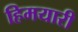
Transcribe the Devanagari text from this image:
हिमयारी